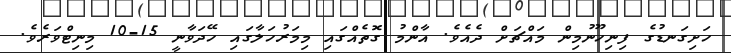
ހަށިގަނޑުގެ ފިނިހޫނުމިން މައްޗަށް ދެއެވެ. އާންމު ގޮތެއްގައި މިމަރުހަލާގައި ހޭދަވާނީ 15-10 މިނިޓްވަރެެވެ.